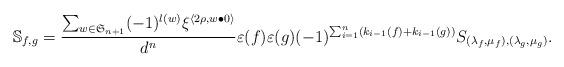
LaTeX: \begin{align*} \mathbb{S}_{f,g} = \frac{\sum_{w\in\mathfrak{S}_{n+1}}(-1)^{l(w)}\xi^{\langle 2\rho,w\bullet 0\rangle}}{d^n}\varepsilon(f)\varepsilon(g)(-1)^{\sum_{i=1}^{n}(k_{i-1}(f)+k_{i-1}(g))} S_{(\lambda_f,\mu_f),(\lambda_g,\mu_g)}.\end{align*}